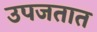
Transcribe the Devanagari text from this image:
उपजतात